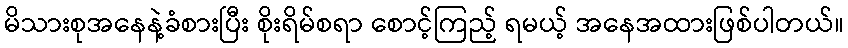
မိသားစုအနေနဲ့ခံစားပြီး စိုးရိမ်စရာ စောင့်ကြည့် ရမယ့် အနေအထားဖြစ်ပါတယ်။